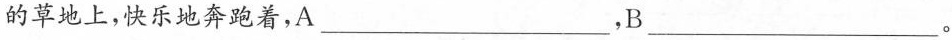
草地上，快乐地奔跑着，A___，B___。